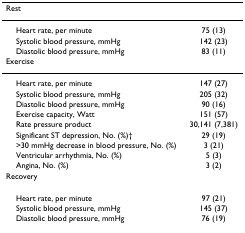
<table><thead><tr><td><b>Rest</b></td><td></td></tr></thead><tbody><tr><td> Heart rate, per minute</td><td>75 (13)</td></tr><tr><td> Systolic blood pressure, mmHg</td><td>142 (23)</td></tr><tr><td> Diastolic blood pressure, mmHg</td><td>83 (11)</td></tr><tr><td>Exercise</td><td></td></tr><tr><td> Heart rate, per minute</td><td>147 (27)</td></tr><tr><td> Systolic blood pressure, mmHg</td><td>205 (32)</td></tr><tr><td> Diastolic blood pressure, mmHg</td><td>90 (16)</td></tr><tr><td> Exercise capacity, Watt</td><td>151 (57)</td></tr><tr><td> Rate pressure product</td><td>30,141 (7,381)</td></tr><tr><td> Significant ST depression, No. (%)†</td><td>29 (19)</td></tr><tr><td> &gt;30 mmHg decrease in blood pressure, No. (%)</td><td>3 (21)</td></tr><tr><td> Ventricular arrhythmia, No. (%)</td><td>5 (3)</td></tr><tr><td> Angina, No. (%)</td><td>3 (2)</td></tr><tr><td>Recovery</td><td></td></tr><tr><td> Heart rate, per minute</td><td>97 (21)</td></tr><tr><td> Systolic blood pressure, mmHg</td><td>145 (37)</td></tr><tr><td> Diastolic blood pressure, mmHg</td><td>76 (19)</td></tr></tbody></table>